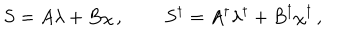
S = A \lambda + B \chi \, , \qquad \, S ^ { \dagger } = A ^ { \dagger } \lambda ^ { \dagger } + B ^ { \dagger } \chi ^ { \dagger } \, ,